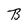
Character: B